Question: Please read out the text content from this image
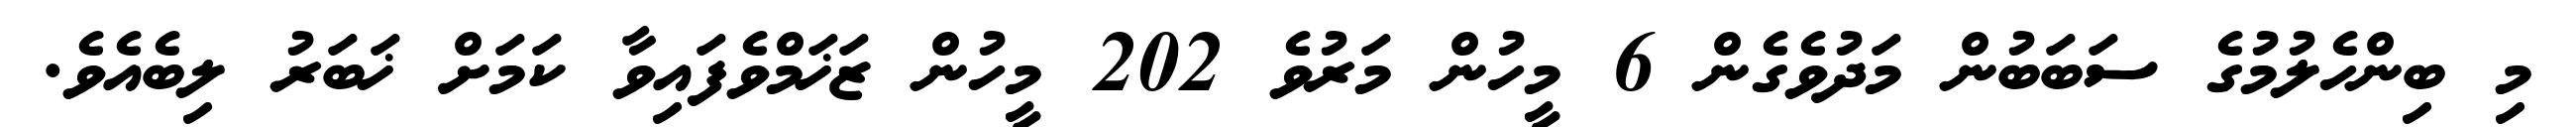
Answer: މި ބިންހެލުމުގެ ސަބަބުން މަދުވެގެން 6 މީހުން މަރުވެ 202 މީހުން ޒަޚަމްވެފައިވާ ކަމަށް ޚަބަރު ލިބެއެވެ.